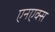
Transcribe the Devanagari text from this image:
एनएक्स